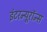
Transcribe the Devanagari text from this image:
इंटरन्यूरॉन्स